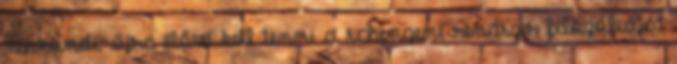
Bakondi: újra élővé kell tenni a schengeni rendszer filozófiáját